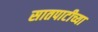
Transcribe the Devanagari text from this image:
सातपाटीच्या